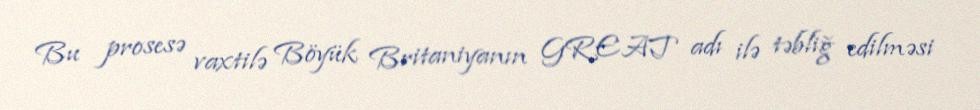
Bu prosesə vaxtilə Böyük Britaniyanın GREAT adı ilə təbliğ edilməsi